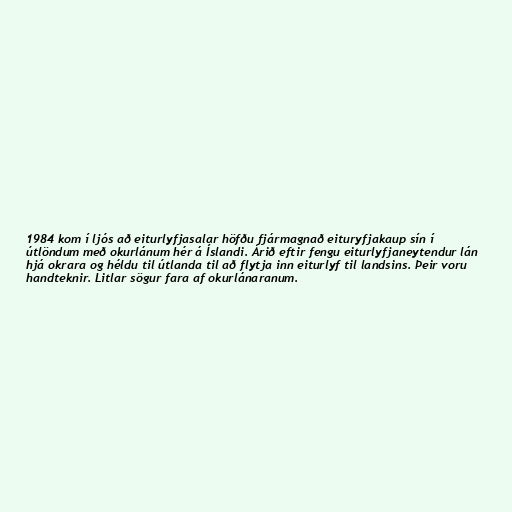
1984 kom í ljós að eiturlyfjasalar höfðu fjármagnað eituryfjakaup sín í
útlöndum með okurlánum hér á Íslandi. Árið eftir fengu eiturlyfjaneytendur lán
hjá okrara og héldu til útlanda til að flytja inn eiturlyf til landsins. Þeir voru
handteknir. Litlar sögur fara af okurlánaranum.